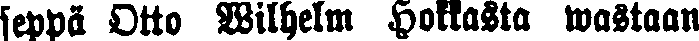
seppä Otto Wilhelm Hokkasta wastaan